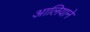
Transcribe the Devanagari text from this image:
आलियाने